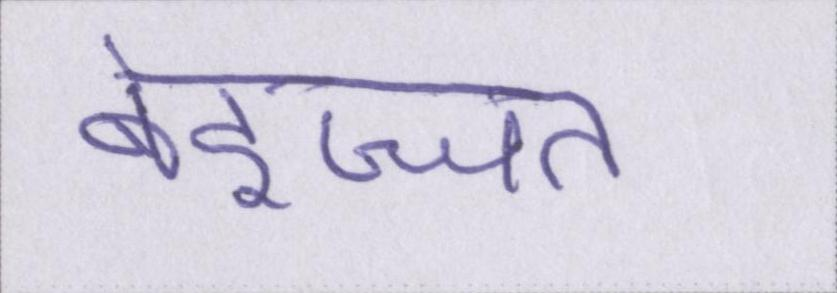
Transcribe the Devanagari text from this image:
बेइज्जत